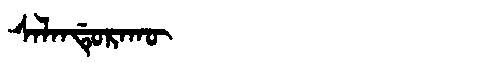
Manchu: ᠰᠠᠯᠠᠨᡩᡠᡵᠠᡴᡡ
Romanization: SALANDURAKŪ